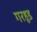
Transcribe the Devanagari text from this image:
गरहूड